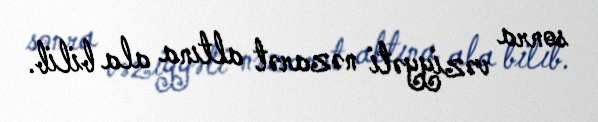
sonra vəziyyəti nəzarət altına ala bilib.